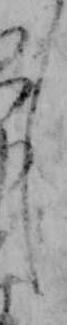
し